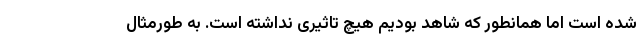
شده است اما همانطور که شاهد بودیم هیچ تاثیری نداشته است. به طورمثال